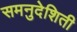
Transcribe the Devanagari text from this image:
समनुदेशिती